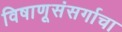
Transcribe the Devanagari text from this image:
विषाणूसंसर्गाचा